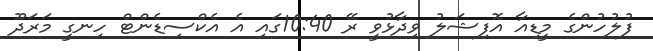
ފުލުހުންގެ މީޑިއާ އޮފިޝަލު ވިދާޅުވީ ރޭ 10:40ގައި އެ އެކްސިޑެންޓް ހިނގީ މަރަދޫ